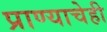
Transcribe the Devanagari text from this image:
प्राण्याचेही